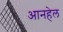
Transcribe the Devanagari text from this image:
आनहेल